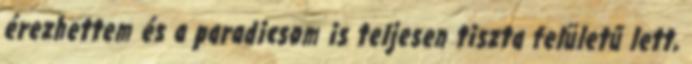
érezhettem és a paradicsom is teljesen tiszta felületű lett,